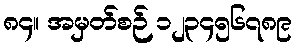
၈၄။ အမှတ်စဉ် ၁၂၃၄၅၆၇၈၉